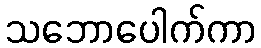
သဘောပေါက်ကာ